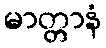
မာတ္တာနံ